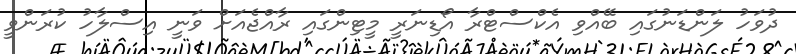
ދުވަހު ލަންޑަނުގައި ބޭއްވި އެކްސްޓްރާ އޯޑިނަރީ މީޓިންގައި ރާއްޖެއަށް ވަނީ އިސްލާހު ކުރަންވީ